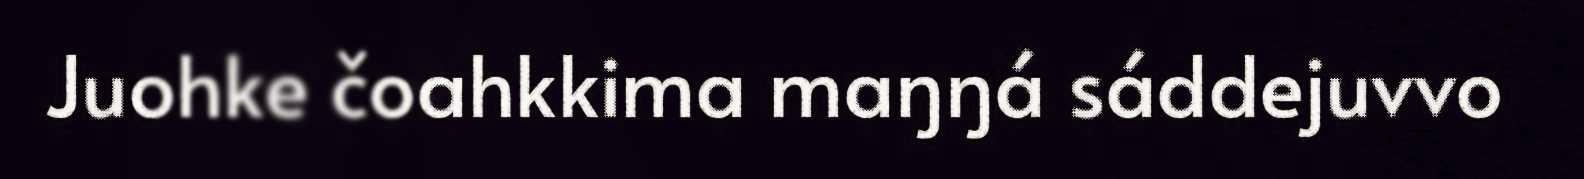
Juohke čoahkkima maŋŋá sáddejuvvo